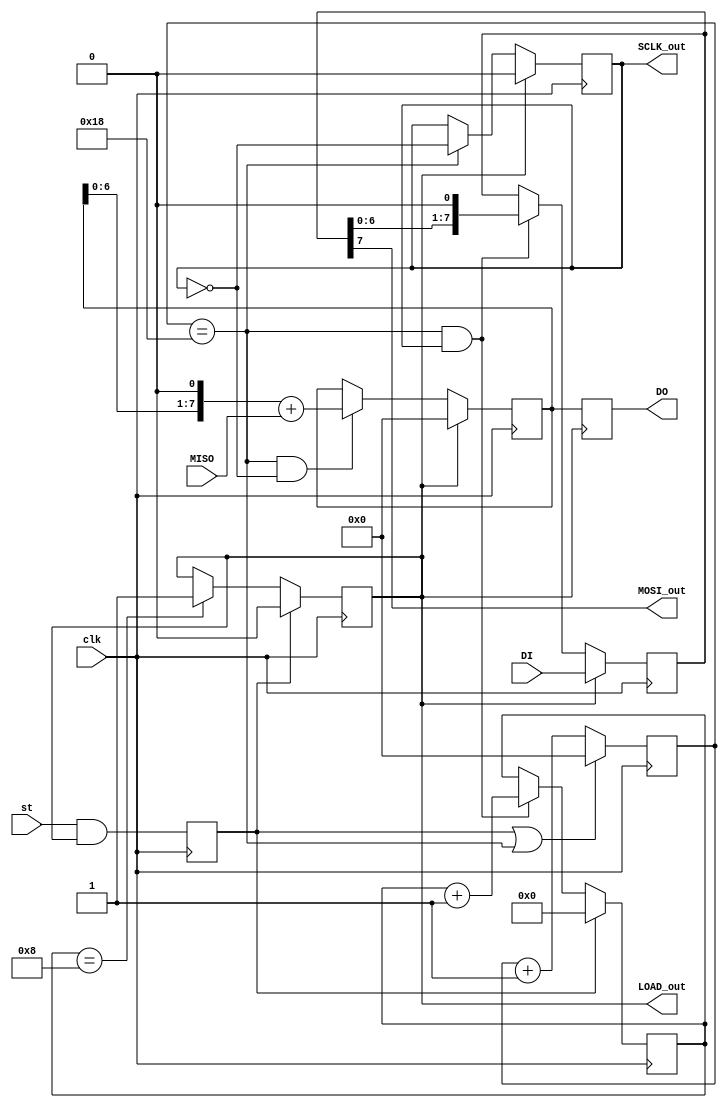
`timescale 1ns / 1ps
//////////////////////////////////////////////////////////////////////////////////
// Company: 
// Engineer: 
// 
// Design Name: 
// Module Name:    SPI_MASTER 
// Project Name: 
// Target Devices: 
// Tool versions: 
// Description: 
//
// Dependencies: 
//
// Revision: 
// Revision 0.01 - File Created
// Additional Comments: 
//
//////////////////////////////////////////////////////////////////////////////////
module SPI_MASTER( 	input clk,
							input st,
							input MISO,
							input [7:0] DI,
							
							output LOAD_out,
							output SCLK_out,
							output MOSI_out,
							output reg [7:0] DO //   (   LOAD)
    );

parameter Tbit = 1000; // 1      - SCLK: _|-|
parameter Tce = Tbit/2; //   SCLK
parameter Tclk = 20; 


reg [7:0] sr_MRX = 0;
reg [7:0] sr_MTX = 0;
reg [7:0] cb_tact = 0; //  
reg [4:0] cb_bit = 0; //  

reg start = 0;
reg LOAD = 1;
reg SCLK = 0;

assign LOAD_out = LOAD;
assign SCLK_out = SCLK;
assign MOSI_out = sr_MTX[7];

always @(posedge clk) begin
	start <= st & LOAD;
	
	LOAD <= start ? 0 : (cb_bit == 8) ? 1 : LOAD;
	cb_tact <= (start | cb_tact == (Tce/Tclk - 1)) ? 0 : cb_tact+1; // Tce/Tclk = 25
	SCLK <= (LOAD) ? 0 : cb_tact == (Tce/Tclk - 1) ? !SCLK : SCLK;
	cb_bit <= start ? 0 : cb_tact == (Tce/Tclk - 1) & SCLK ? cb_bit+1 : cb_bit;
	
	sr_MTX <= LOAD ? DI : ((cb_tact == (Tce/Tclk - 1)) &  SCLK) ? sr_MTX<<1 : sr_MTX; //  SCLK,  
	sr_MRX <= LOAD ? 0 :  ((cb_tact == (Tce/Tclk - 1)) & !SCLK) ? (sr_MRX<<1) + MISO : sr_MRX; //  SCLK, 
end

always @(posedge LOAD) begin
	DO <= sr_MRX;
end

endmodule